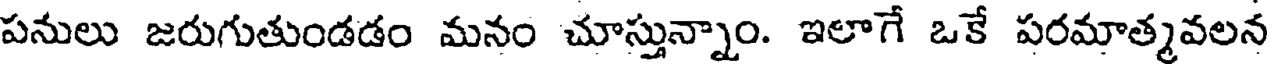
పనులు జరుగుతుండడం మనం చూస్తున్నాం. ఇలాగే ఒకే పరమాత్మవలన